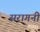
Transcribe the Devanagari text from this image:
सरागनी